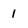
Character: 1